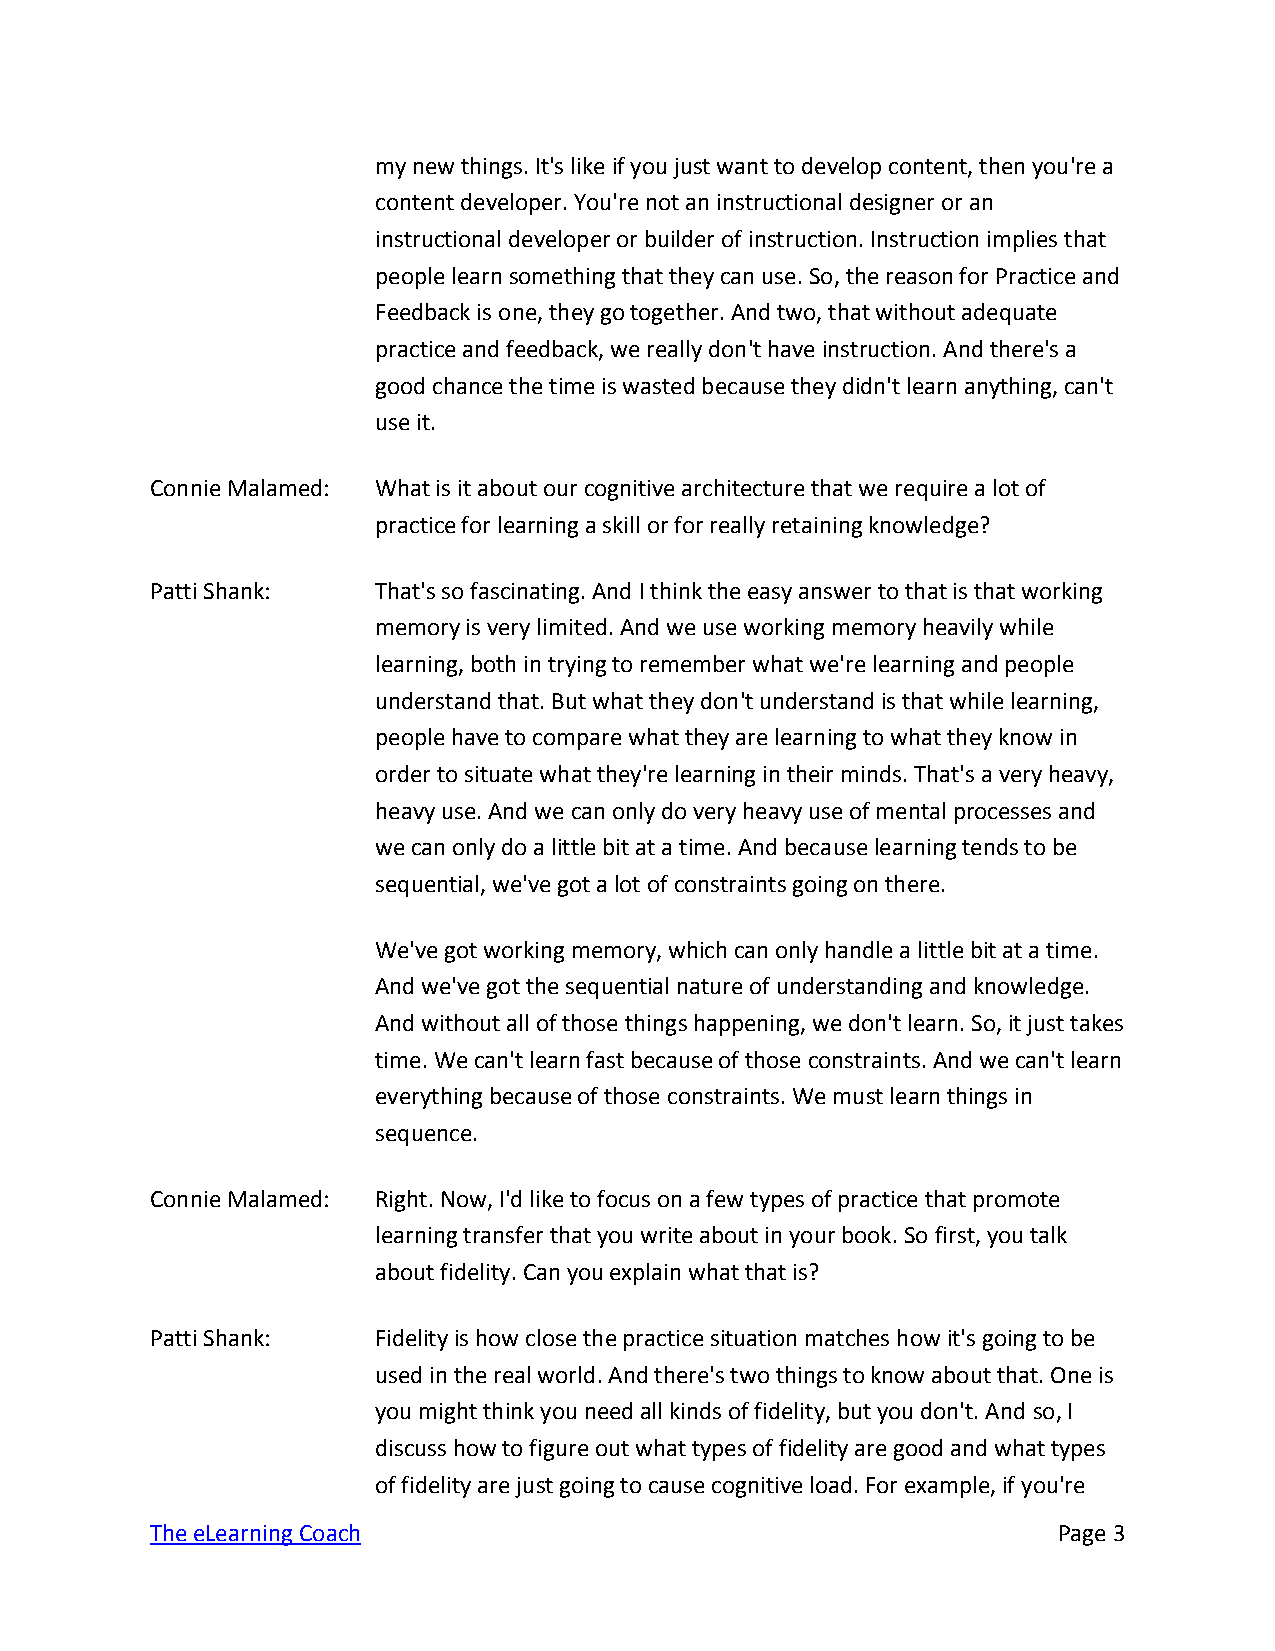
my new things. It's like if you just want to develop content, then you're a
 content developer. You're not an instructional designer or an
 instructional developer or builder of instruction. Instruction implies that
 people learn something that they can use. So, the reason for Practice and
 Feedback is one, they go together. And two, that without adequate
 practice and feedback, we really don't have instruction. And there's a
 good chance the time is wasted because they didn't learn anything, can't
 use it.
 Connie Malamed: What is it about our cognitive architecture that we require a lot of
 practice for learning a skill or for really retaining knowledge?
 Patti Shank:   That's so fascinating. And I think the easy answer to that is that working
 memory is very limited. And we use working memory heavily while
 learning, both in trying to remember what we're learning and people
 understand that. But what they don't understand is that while learning,
 people have to compare what they are learning to what they know in
 order to situate what they're learning in their minds. That's a very heavy,
 heavy use. And we can only do very heavy use of mental processes and
 we can only do a little bit at a time. And because learning tends to be
 sequential, we've got a lot of constraints going on there.
 We've got working memory, which can only handle a little bit at a time.
 And we've got the sequential nature of understanding and knowledge.
 And without all of those things happening, we don't learn. So, it just takes
 time. We can't learn fast because of those constraints. And we can't learn
 everything because of those constraints. We must learn things in
 sequence.
 Connie Malamed: Right. Now, I'd like to focus on a few types of practice that promote
 learning transfer that you write about in your book. So first, you talk
 about fidelity. Can you explain what that is?
 Patti Shank:   Fidelity is how close the practice situation matches how it's going to be
 used in the real world. And there's two things to know about that. One is
 you might think you need all kinds of fidelity, but you don't. And so, I
 discuss how to figure out what types of fidelity are good and what types
 of fidelity are just going to cause cognitive load. For example, if you're
 The eLearning Coach                                         Page 3